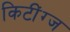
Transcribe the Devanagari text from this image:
किटींग्ज